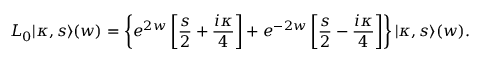
L _ { 0 } | \kappa , s \rangle ( w ) = \left\{ e ^ { 2 w } \left[ \frac { s } { 2 } + \frac { i \kappa } { 4 } \right] + e ^ { - 2 w } \left[ \frac { s } { 2 } - \frac { i \kappa } { 4 } \right] \right\} | \kappa , s \rangle ( w ) .